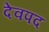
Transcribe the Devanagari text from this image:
देवपद